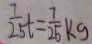
\frac { 7 } { 2 5 } t = \frac { 7 } { 2 5 } k g